Report of the Bombay Plague Committee
Disease focus: Plague
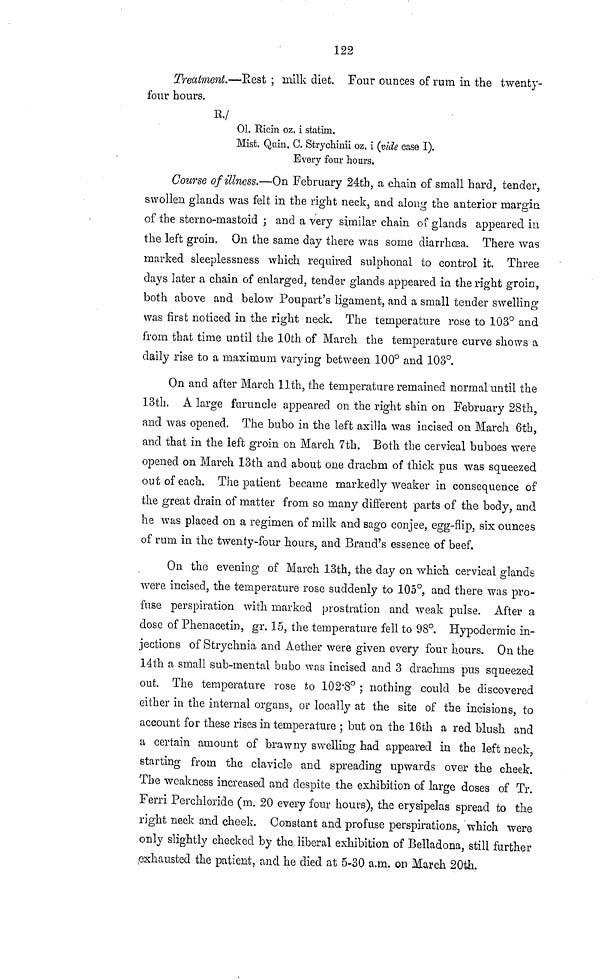
122
Treatment.—Rest ; milk diet. Four ounces of rum in the twenty-
four hours.
R./
01. Ricin oz, i statim.
Mist. Quin. C. Stiychinii oz. i (vide case I),
Every four hours.
Course of illness.—On February 24th, a chain of small hard, tender,
swollen glands was felt in the right neck, and along the anterior margin
of the sterno-mastoid ; and a very similar chain of glands appeared in
the left groin. On the same day there was some diarrhœa. There was
marked sleeplessness which required sulphonal to control it. Three
days later a chain of enlarged, tender glands appeared in the right groin,
both above and below Poupart's ligament, and a small tender swelling
was first noticed in the right neck. The temperature rose to 103° and
from that time until the 10th of March the temperature curve shows a
daily rise to a maximum varying between 100° and 103°.
On and after March 11th, the temperature remained normal until the
13th. A large furuncle appeared on the right shin on February 28th,
and was opened. The bubo in the left axilla was incised on March 6th,
and that in the left groin on March 7th. Both the cervical buboes were
opened on March 13th and about one drachm of thick pus was squeezed
out of each. The patient became markedly weaker in consequence of
the great drain of matter from so many different parts of the body, and
he was placed on a regimen of milk and sago conjee, egg-flip, six ounces
of rum in the twenty-four hours, and Brand's essence of beef.
On the evening of March 13th, the day on which cervical glands
were incised, the temperature rose suddenly to 105°, and there was pro-
fuse perspiration with marked prostration and weak pulse. After a
close of Phenacetin, gr. 15, the temperature fell to 98°. Hypodermic in-
jections of Strychnia and Aether were given every four hours. On the
14th a small sub-mental bubo was incised and 3 drachms pus squeezed
out. The temperature rose to 102·8° ; nothing could be discovered
either in the internal organs, or locally at the site of the incisions, to
account for these rises in temperature ; but on the 16th a red blush and
a certain amount of brawny swelling had appeared in the left neck,
starting from the clavicle and spreading upwards over the cheek.
The weakness increased and despite the exhibition of large doses of Tr.
Ferri Perchloride (m. 20 every four hours), the erysipelas spread to the
right neck and cheek. Constant and profuse perspirations, which were
only slightly checked by the liberal exhibition of Belladona, still further
exhausted the patient, and he died at 5-30 a.m. on March 20th.